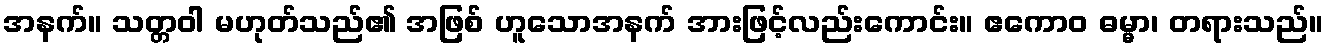
အနက်။ သတ္တဝါ မဟုတ်သည်၏ အဖြစ် ဟူသောအနက် အားဖြင့်လည်းကောင်း။ ဧကောဝ ဓမ္မာ၊ တရားသည်။